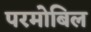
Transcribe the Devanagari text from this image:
परमोबिल